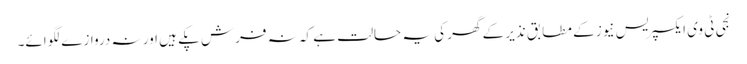
نجی ٹی وی ایکسپریس نیوز کے مطابق نذیر کے گھر کی یہ حالت ہے کہ نہ فرش پکے ہیں اور نہ دروازے لگوائے۔